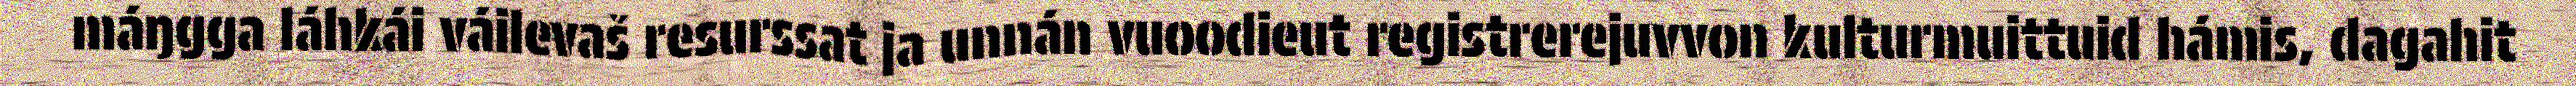
máŋgga láhkái váilevaš resurssat ja unnán vuoodieut registrerejuvvon kulturmuittuid hámis, dagahit